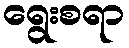
ရွေးစရာ